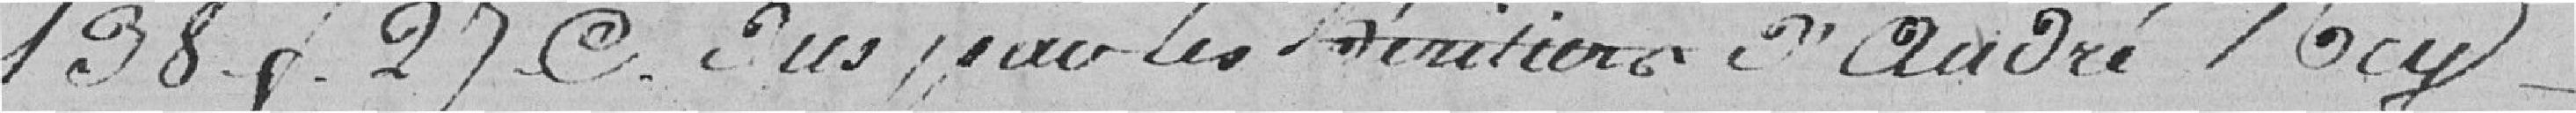
198 p 27 C sus pour les héritiers d'André Roy